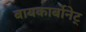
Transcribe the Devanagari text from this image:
बायकार्बोनेट्